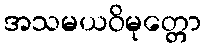
အသမယဝိမုတ္တော